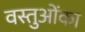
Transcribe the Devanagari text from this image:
वस्तुओंका